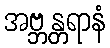
အဗ္ဘန္တရာနံ